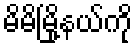
မိမိမြို့နယ်ကို